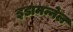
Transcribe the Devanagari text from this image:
इडामन्नेल